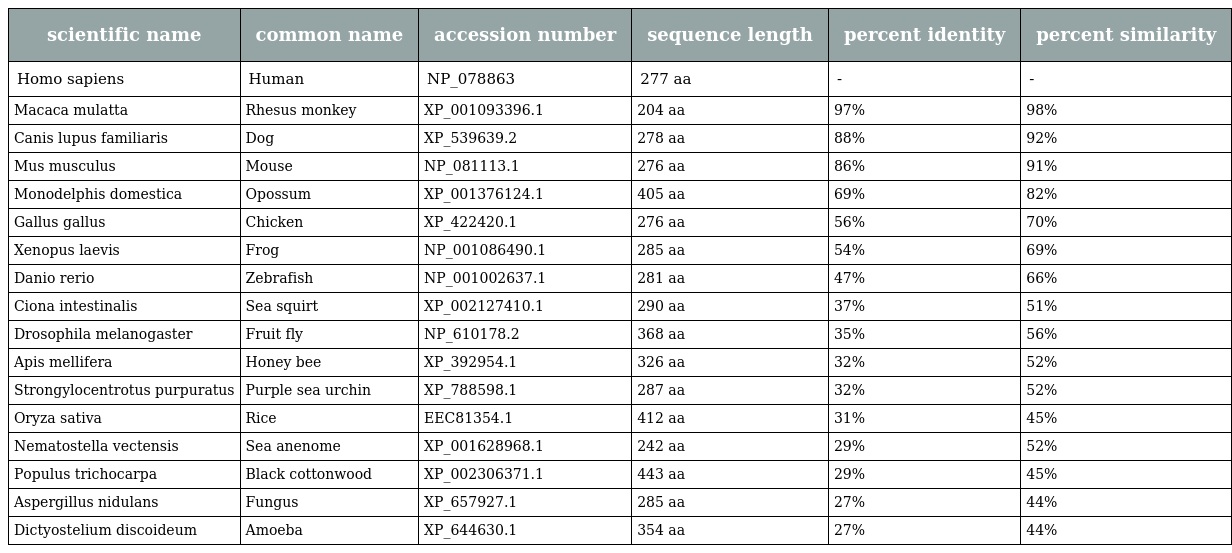
| scientific name | common name | accession number | sequence length | percent identity | percent similarity |
 | --- | --- | --- | --- | --- | --- |
 | Homo sapiens | Human | NP_078863 | 277 aa | - | - |
 | Macaca mulatta | Rhesus monkey | XP_001093396.1 | 204 aa | 97% | 98% |
 | Canis lupus familiaris | Dog | XP_539639.2 | 278 aa | 88% | 92% |
 | Mus musculus | Mouse | NP_081113.1 | 276 aa | 86% | 91% |
 | Monodelphis domestica | Opossum | XP_001376124.1 | 405 aa | 69% | 82% |
 | Gallus gallus | Chicken | XP_422420.1 | 276 aa | 56% | 70% |
 | Xenopus laevis | Frog | NP_001086490.1 | 285 aa | 54% | 69% |
 | Danio rerio | Zebrafish | NP_001002637.1 | 281 aa | 47% | 66% |
 | Ciona intestinalis | Sea squirt | XP_002127410.1 | 290 aa | 37% | 51% |
 | Drosophila melanogaster | Fruit fly | NP_610178.2 | 368 aa | 35% | 56% |
 | Apis mellifera | Honey bee | XP_392954.1 | 326 aa | 32% | 52% |
 | Strongylocentrotus purpuratus | Purple sea urchin | XP_788598.1 | 287 aa | 32% | 52% |
 | Oryza sativa | Rice | EEC81354.1 | 412 aa | 31% | 45% |
 | Nematostella vectensis | Sea anenome | XP_001628968.1 | 242 aa | 29% | 52% |
 | Populus trichocarpa | Black cottonwood | XP_002306371.1 | 443 aa | 29% | 45% |
 | Aspergillus nidulans | Fungus | XP_657927.1 | 285 aa | 27% | 44% |
 | Dictyostelium discoideum | Amoeba | XP_644630.1 | 354 aa | 27% | 44% |